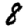
Digit: 8